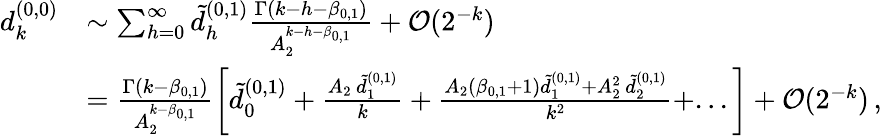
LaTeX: \begin{array}{rl}{d_{k}^{(0,0)}}&{\sim\sum_{h=0}^{\infty}\tilde{d}_{h}^{(0,1)}\frac{\Gamma(k-h-\beta_{0,1})}{A_{2}^{k-h-\beta_{0,1}}}+{\mathcal O}(2^{-k})}\\ &{=\frac{\Gamma(k-\beta_{0,1})}{A_{2}^{k-\beta_{0,1}}}\bigg[\tilde{d}_{0}^{(0,1)}+\frac{A_{2}\, \tilde{d}_{1}^{(0,1)}}{k}+\frac{A_{2}(\beta_{0,1}+1)\tilde{d}_{1}^{(0,1)}+A_{2}^{2}\, \tilde{d}_{2}^{(0,1)}}{k^{2}}+...\bigg]+{\mathcal O}(2^{-k})\, ,}\end{array}